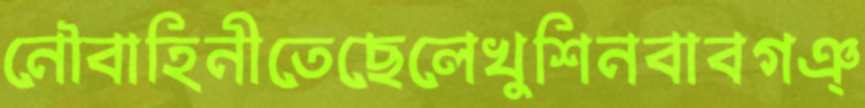
নৌবাহিনীতেছেলেখুশিনবাবগঞ্